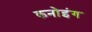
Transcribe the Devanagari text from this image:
कनोइंग